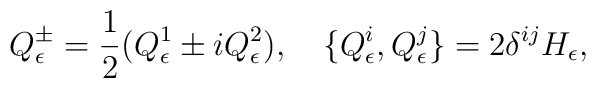
Q^{\pm}_{\epsilon}=\frac{1}{2}(Q^{1}_{\epsilon}\pm iQ^{2}_{\epsilon}),\quad\{Q^{i}_{\epsilon},Q^{j}_{\epsilon}\}=2\delta^{ij}H_{\epsilon},